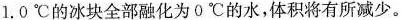
1.0℃的冰块全部融化为0℃的水，体积将有所减少。